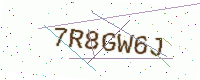
Text: 7R8GW6J